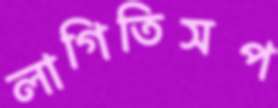
লাগিতিসপ